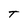
Character: t